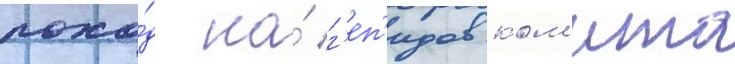
похо́д на́ г'еп'идов ком'ита